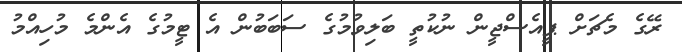
ރޭގެ މެޗަށް ޕީއެސްޖީން ނުކުތީ ބަލިވުމުގެ ސަބަބުން އެ ޓީމުގެ އެންމެ މުހިއްމު